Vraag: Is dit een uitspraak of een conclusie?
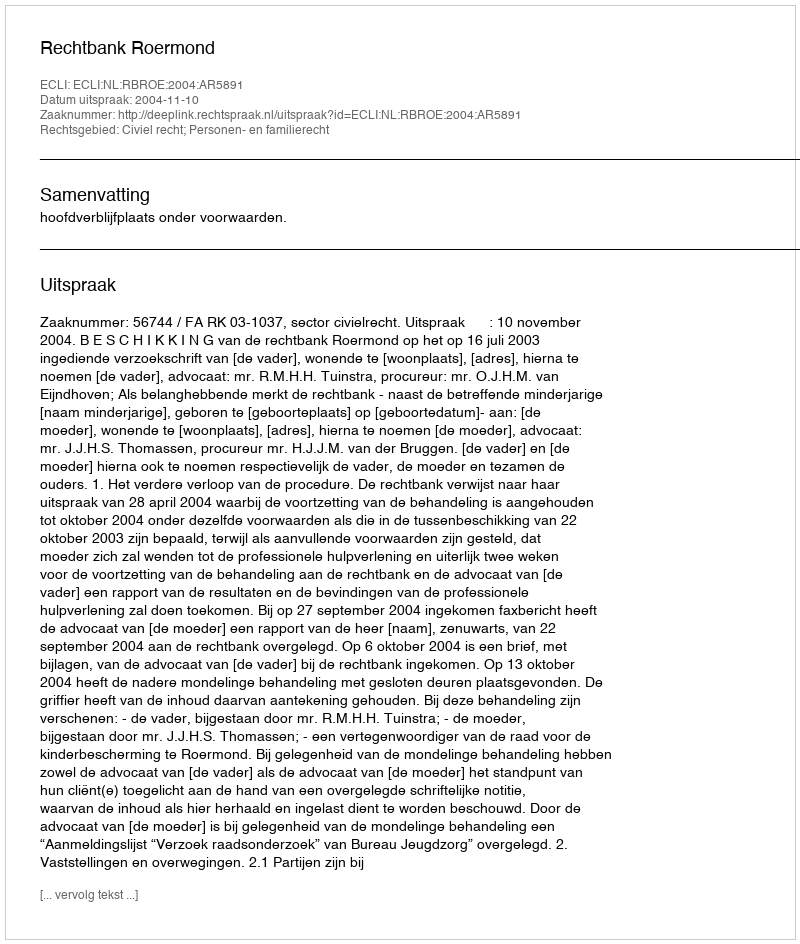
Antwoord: Uitspraak